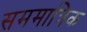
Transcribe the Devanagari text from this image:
सममात्रिक